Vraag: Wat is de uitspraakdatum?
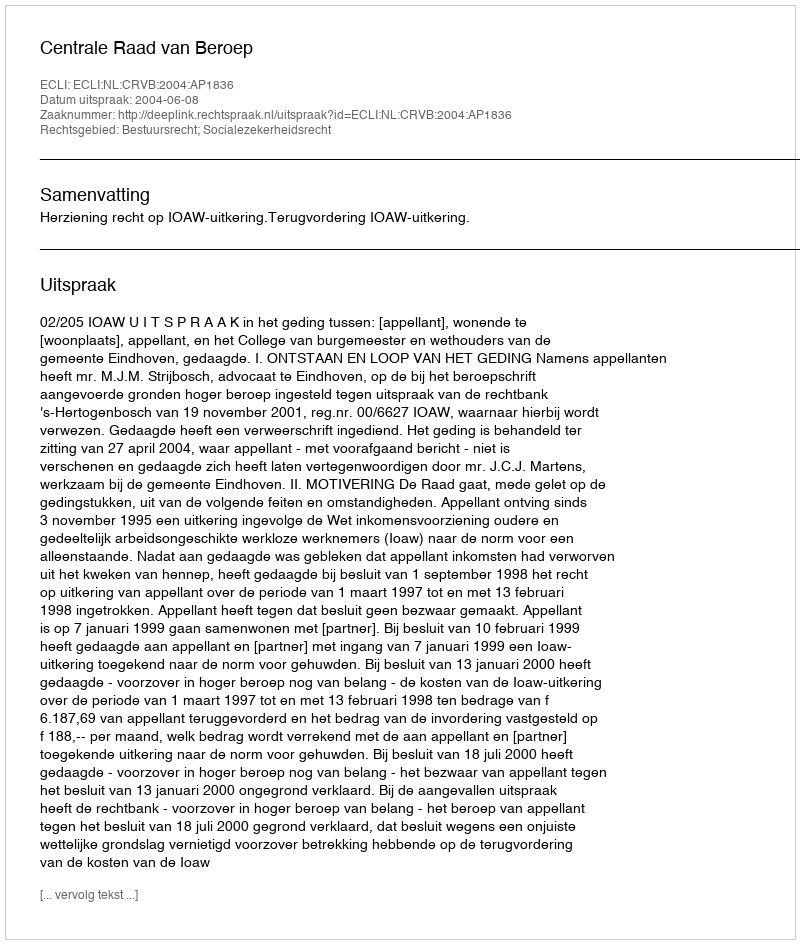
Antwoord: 2004-06-08